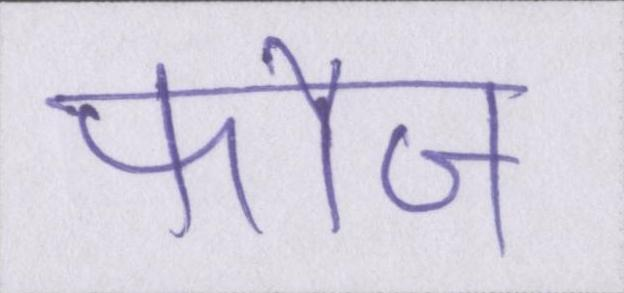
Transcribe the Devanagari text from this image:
फौज